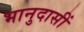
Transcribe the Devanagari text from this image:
भानुदासीं